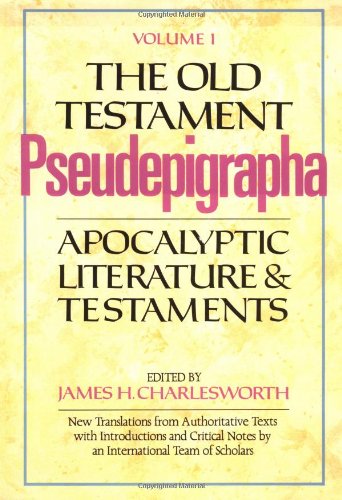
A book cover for The Old Testament Pseudepigrapha, Vol. 1: Apocalyptic Literature and Testaments; James H. Charlesworth; Christian Books & Bibles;